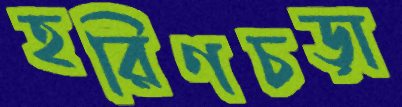
হরিণচড়া